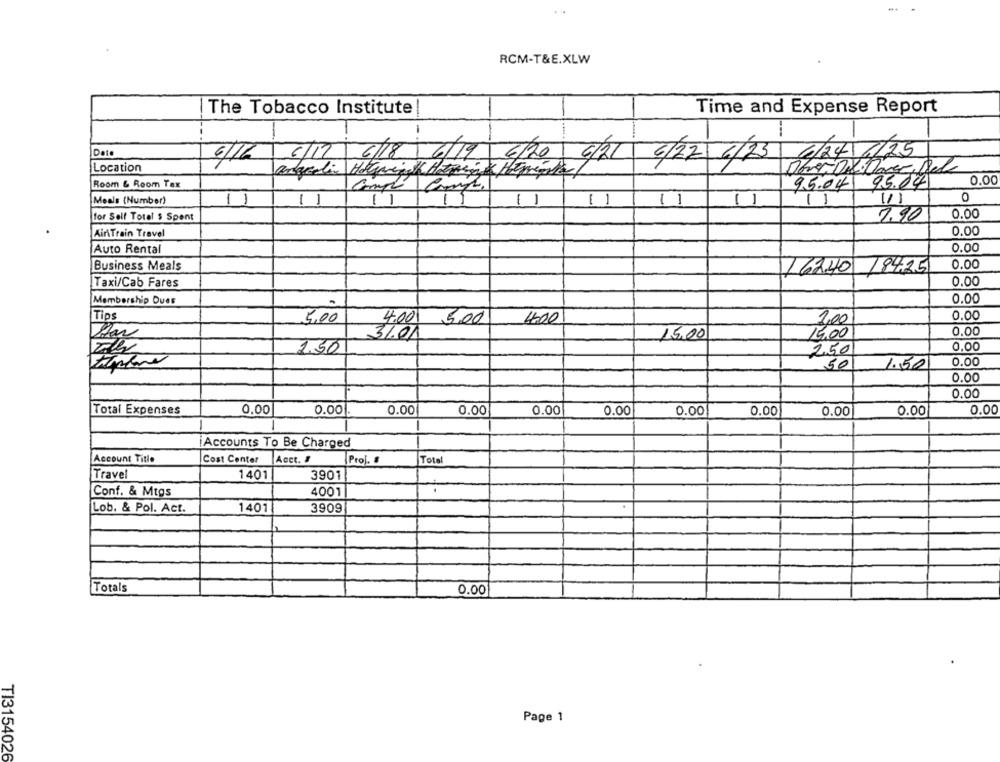
RCM-T&E.XLW
The Tobacco Institute!
Time and Expense Report
-
Date
Location
6/6 6/1 4/0 9/14 9/0 4/21 6/22 6/23 G/04 /25
Room & Room Tax
0.00
9.5.04 95.04
0
Meals (Number)
11
11
11
11
11
11
1
0.00
for Self Total $ Spent
7,90
AinTrain Travel
0,00
Auto Rental
0.00
Business Meals
0.00
162.40
184.25
0.00
Taxi/Cab Fares
Membership Dues
0.00
Tips
5,00
4.00 5,00
400
0.00
1,00
31.01
15,00
14,00
0,00
1.50
0.00
2.50
50
1.50
0.00
0.00
0.00
Total Expenses
0.00
0.00
0.00
0.00
0.00
0.00
0.00
0.00
0.00
0.00
0.00
Accounts To Be Charged
Account Title
Acct. #
Cost Center
Prof.
Total
Travel
1401
3901
Conf. & Mtgs
4001
Lob. & Pol. Act.
1401
3909
Totals
0.00
Page 1
TI3154026